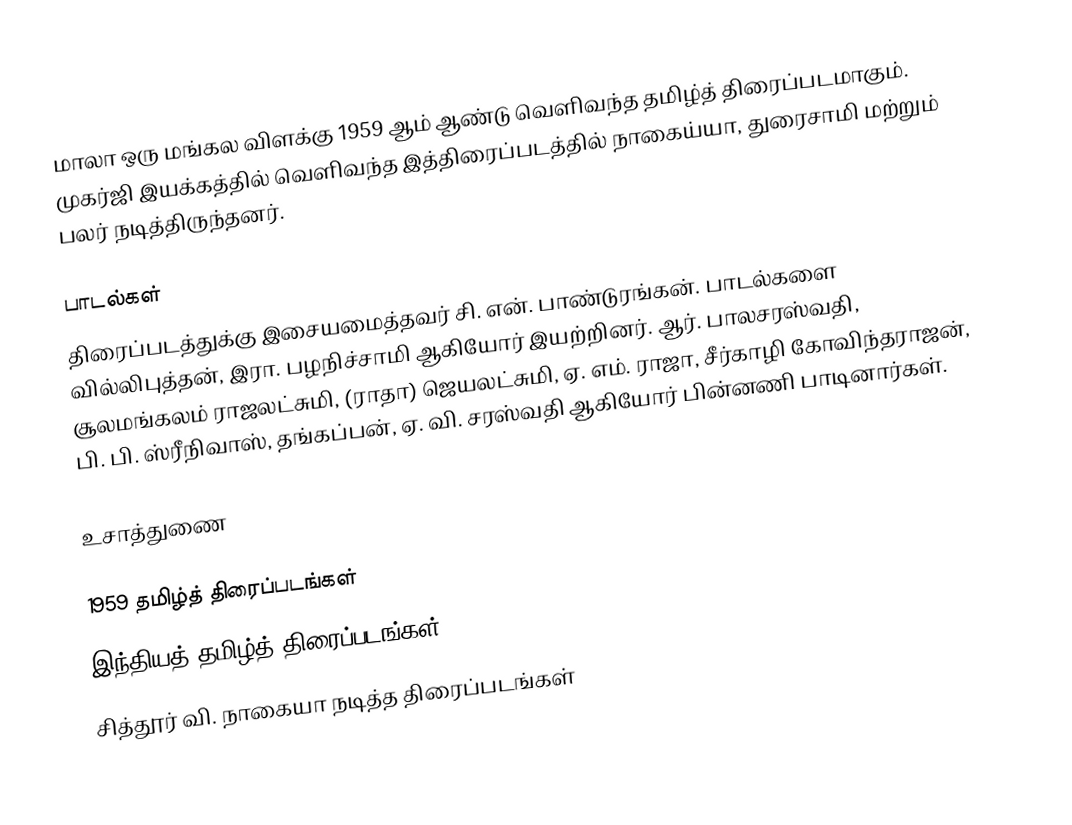
மாலா ஒரு மங்கல விளக்கு 1959 ஆம் ஆண்டு வெளிவந்த தமிழ்த் திரைப்படமாகும். முகர்ஜி இயக்கத்தில் வெளிவந்த இத்திரைப்படத்தில் நாகைய்யா, துரைசாமி மற்றும் பலர் நடித்திருந்தனர்.

பாடல்கள்
திரைப்படத்துக்கு இசையமைத்தவர் சி. என். பாண்டுரங்கன். பாடல்களை வில்லிபுத்தன், இரா. பழநிச்சாமி ஆகியோர் இயற்றினர். ஆர். பாலசரஸ்வதி, சூலமங்கலம் ராஜலட்சுமி, (ராதா) ஜெயலட்சுமி, ஏ. எம். ராஜா, சீர்காழி கோவிந்தராஜன், பி. பி. ஸ்ரீநிவாஸ், தங்கப்பன், ஏ. வி. சரஸ்வதி ஆகியோர் பின்னணி பாடினார்கள்.

உசாத்துணை

1959 தமிழ்த் திரைப்படங்கள்
இந்தியத் தமிழ்த் திரைப்படங்கள்
சித்தூர் வி. நாகையா நடித்த திரைப்படங்கள்